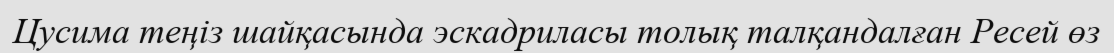
Цусима теңіз шайқасында эскадриласы толық талқандалған Ресей өз